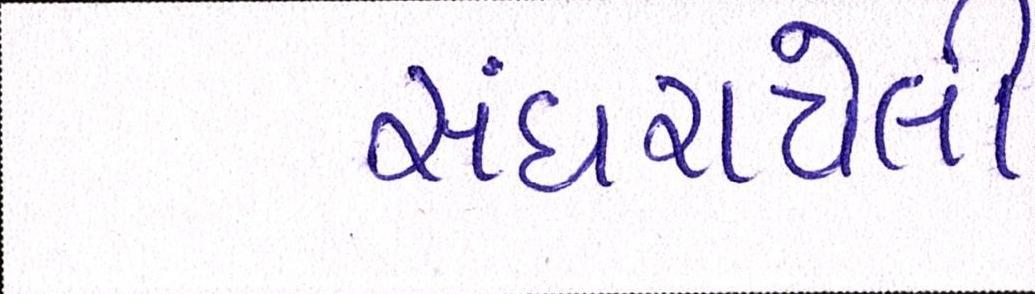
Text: સંઘરાયેલી